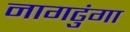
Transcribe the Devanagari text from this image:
नागढुंगा